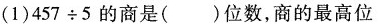
(1)$$4 5 7 \div 5$$的商是( )位数，商的最高位